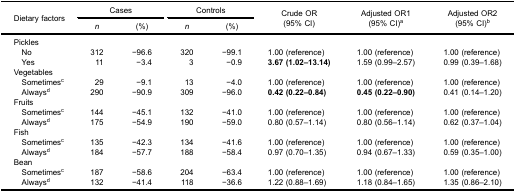
<table><thead><tr><td rowspan="3"><b>Dietary factors</b></td><td colspan="2"><b>Cases</b></td><td colspan="2"><b>Controls</b></td><td rowspan="3"><b>Crude OR(95% CI)</b></td><td rowspan="3"><b>Adjusted OR1(95% CI)<sup>a</sup></b></td><td rowspan="3"><b>Adjusted OR2(95% CI)<sup>b</sup></b></td></tr><tr><td><b><i>n</i></b></td><td><b>(%)</b></td><td><b><i>n</i></b></td><td><b>(%)</b></td></tr></thead><tbody><tr><td colspan="8">Pickles</td></tr><tr><td> No</td><td>312</td><td>−96.6</td><td>320</td><td>−99.1</td><td>1.00 (reference)</td><td>1.00 (reference)</td><td>1.00 (reference)</td></tr><tr><td> Yes</td><td>11</td><td>−3.4</td><td>3</td><td>−0.9</td><td><b>3.67 (1.02–13.14)</b></td><td>1.59 (0.99–2.57)</td><td>0.99 (0.39–1.68)</td></tr><tr><td colspan="8">Vegetables</td></tr><tr><td> Sometimes<sup>c</sup></td><td>29</td><td>−9.1</td><td>13</td><td>−4.0</td><td>1.00 (reference)</td><td>1.00 (reference)</td><td>1.00 (reference)</td></tr><tr><td> Always<sup>d</sup></td><td>290</td><td>−90.9</td><td>309</td><td>−96.0</td><td><b>0.42 (0.22–0.84)</b></td><td><b>0.45 (0.22–0.90)</b></td><td>0.41 (0.14–1.20)</td></tr><tr><td colspan="8">Fruits</td></tr><tr><td> Sometimes<sup>c</sup></td><td>144</td><td>−45.1</td><td>132</td><td>−41.0</td><td>1.00 (reference)</td><td>1.00 (reference)</td><td>1.00 (reference)</td></tr><tr><td> Always<sup>d</sup></td><td>175</td><td>−54.9</td><td>190</td><td>−59.0</td><td>0.80 (0.57–1.14)</td><td>0.80 (0.56–1.14)</td><td>0.62 (0.37–1.04)</td></tr><tr><td colspan="8">Fish</td></tr><tr><td> Sometimes<sup>c</sup></td><td>135</td><td>−42.3</td><td>134</td><td>−41.6</td><td>1.00 (reference)</td><td>1.00 (reference)</td><td>1.00 (reference)</td></tr><tr><td> Always<sup>d</sup></td><td>184</td><td>−57.7</td><td>188</td><td>−58.4</td><td>0.97 (0.70–1.35)</td><td>0.94 (0.67–1.33)</td><td>0.59 (0.35–1.00)</td></tr><tr><td colspan="8">Bean</td></tr><tr><td> Sometimes<sup>c</sup></td><td>187</td><td>−58.6</td><td>204</td><td>−63.4</td><td>1.00 (reference)</td><td>1.00 (reference)</td><td>1.00 (reference)</td></tr><tr><td> Always<sup>d</sup></td><td>132</td><td>−41.4</td><td>118</td><td>−36.6</td><td>1.22 (0.88–1.69)</td><td>1.18 (0.84–1.65)</td><td>1.35 (0.86–2.10)</td></tr></tbody></table>